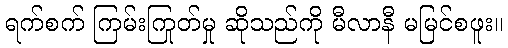
ရက်စက် ကြမ်းကြုတ်မှု ဆိုသည်ကို မီလာနီ မမြင်စဖူး။